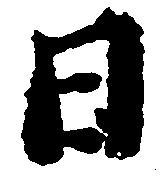
日